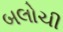
બલોચી